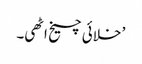
’ خلائی چیخ اٹھی۔